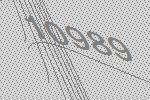
10989